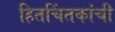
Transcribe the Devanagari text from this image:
हितचिंतकांची